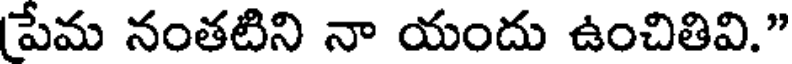
పేమ నంతటిని నా యందు ఉంచితివి."